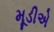
મૂડીએ